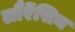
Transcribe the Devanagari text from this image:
लौरेंसिन